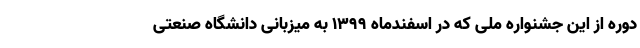
دوره از این جشنواره ملی که در اسفندماه 1399 به میزبانی دانشگاه صنعتی